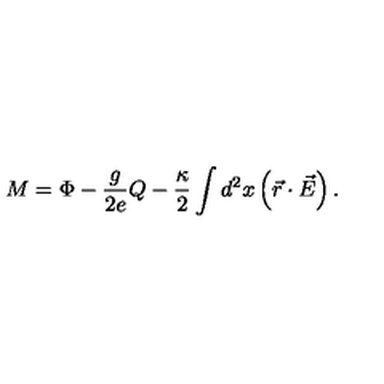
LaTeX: M = \Phi - { \frac { g } { 2 e } } Q - { \frac { \kappa } { 2 } } \int d ^ { 2 } x \left( \vec { r } \cdot \vec { E } \right) .